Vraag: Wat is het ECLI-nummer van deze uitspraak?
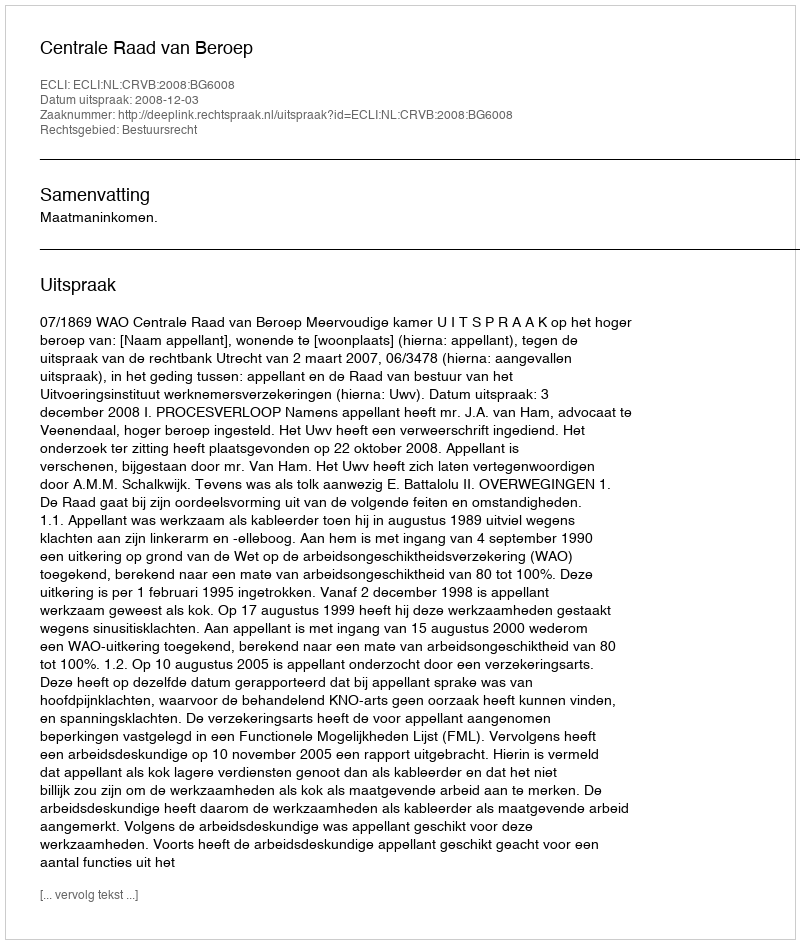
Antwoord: ECLI:NL:CRVB:2008:BG6008